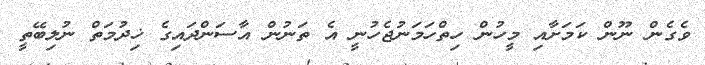
ވެގެން ނޫން ކަމަށާއި މީހުން ހިތްހަމަނުޖެހުނީ އެ ތަނުން އާސަންދައިގެ ޚިދުމަތް ނުލިބޭތީ